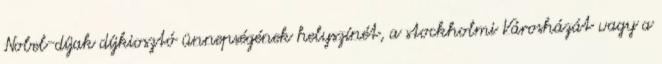
Nobel-díjak díjkiosztó ünnepségének helyszínét, a stockholmi Városházát vagy a